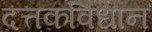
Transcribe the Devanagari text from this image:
दत्तकविधान